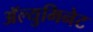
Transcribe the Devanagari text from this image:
अॅल्युमिनेट